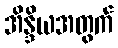
အိန္ဒိယအတွက်